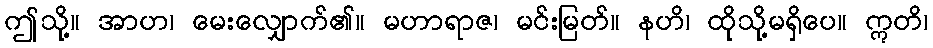
ဤသို့။ အာဟ၊ မေးလျှောက်၏။ မဟာရာဇ၊ မင်းမြတ်။ နဟိ၊ ထိုသို့မရှိပေ။ ဣတိ၊